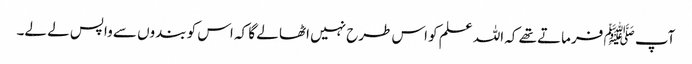
آپ ﷺ فرماتے تھے کہ اللہ علم کو اس طرح نہیں اٹھا لے گا کہ اس کو بندوں سے واپس لے لے۔